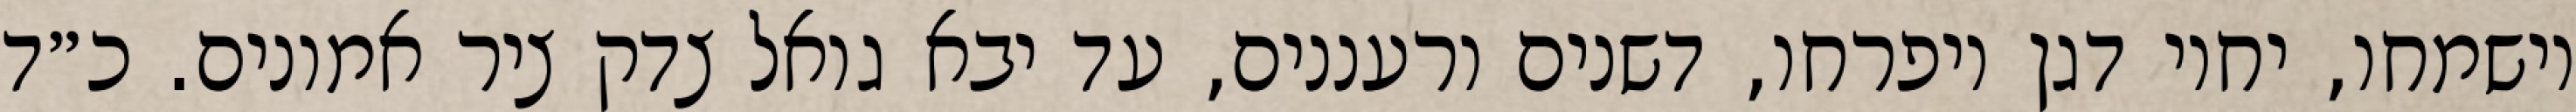
וישמחו, יחיו דגן ויפרחו, דשנים ורעננים, עד יבא גואל צדק ציר אמונים. כ״ד